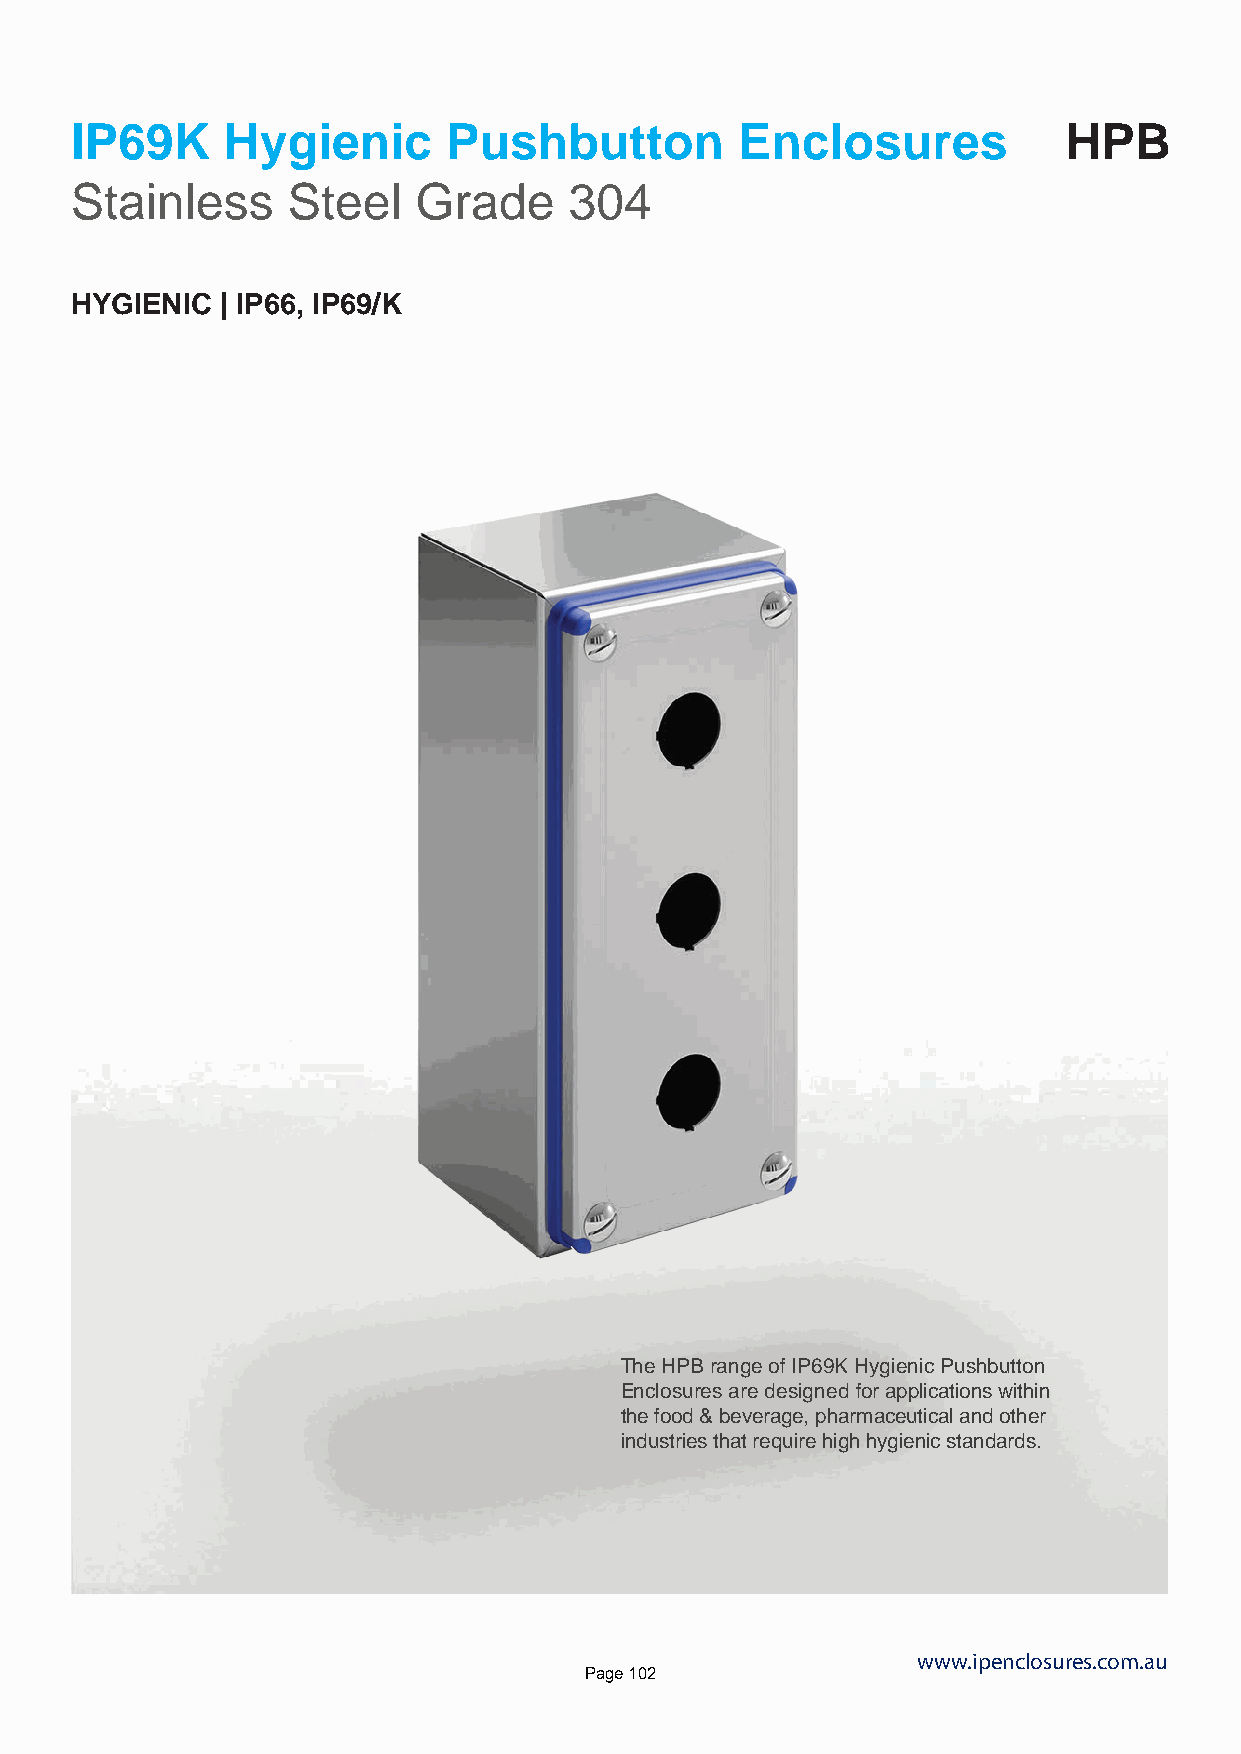
IP69K     Hygienic       Pushbutton         Enclosures           HPB
 Stainless     Steel   Grade      304
 HYGIENIC  | IP66, IP69/K
 The HPB range of IP69K Hygienic Pushbutton
 Enclosures are designed for applications within
 the food & beverage, pharmaceutical and other
 industries that require high hygienic standards.
 www.ipenclosures.com.au
 Page 102